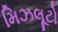
મિઝલૂટો